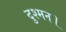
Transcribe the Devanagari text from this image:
दुश्मन।